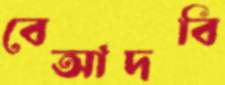
বেআদবি